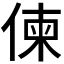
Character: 𠋖